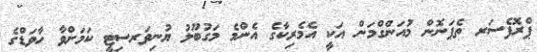
ޕްރޮފެސަރ ތެޕަނޮން މުއަންގްމަން އަކީ އެމެރިކާގެ އެންމެ މަގުބޫލު ޔުނިވަރސިޓީ ކަމަށްވާ ހާވަޑްގެ